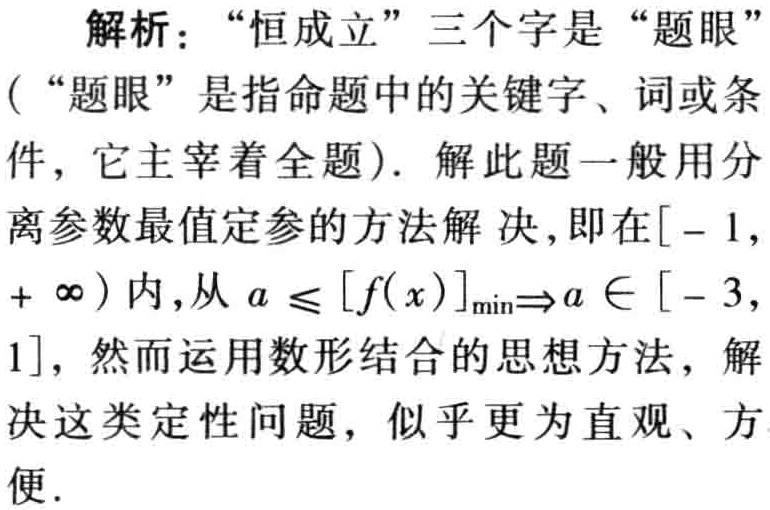
解析：“恒成立”三个字是“题眼”（“题眼”是指命题中的关键字、词或条件，它主宰着全题）. 解此题一般用分离参数最值定参的方法解决，即在\([ - 1,+\infty)\)内，从\(a\leqslant[f(x)]_{\min}\Rightarrow a\in[ - 3,1]\)，然而运用数形结合的思想方法，解决这类定性问题，似乎更为直观、方便.